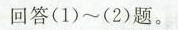
回答 (1) ~ (2) 题。